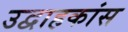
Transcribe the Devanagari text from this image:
उद्वाहकांस